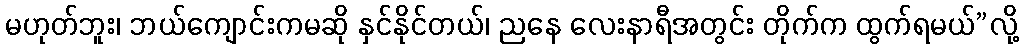
မဟုတ်ဘူး၊ ဘယ်ကျောင်းကမဆို နှင်နိုင်တယ်၊ ညနေ လေးနာရီအတွင်း တိုက်က ထွက်ရမယ်”လို့